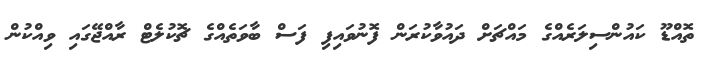
ތޮއްޑޫ ކައުންސިލަރެއްގެ މައްޗަށް ދައުވާކުރަން ފޮނުވައިފި ފަސް ބާވަތެއްގެ ޗޮކުލެޓް ރާއްޖޭގައި ވިއްކުން